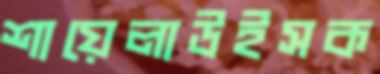
শায়েলাউইসক